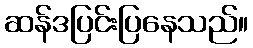
ဆန်ဒပြင်းပြနေသည်။